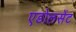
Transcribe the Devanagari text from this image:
एडोलसेंट